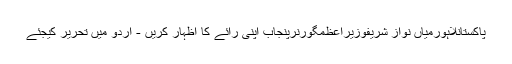
پاکستانلاہورمیاں نواز شریفوزیراعظمگورنرپنجاب اپنی رائے کا اظہار کریں - اُردو میں تحریر کیجئے